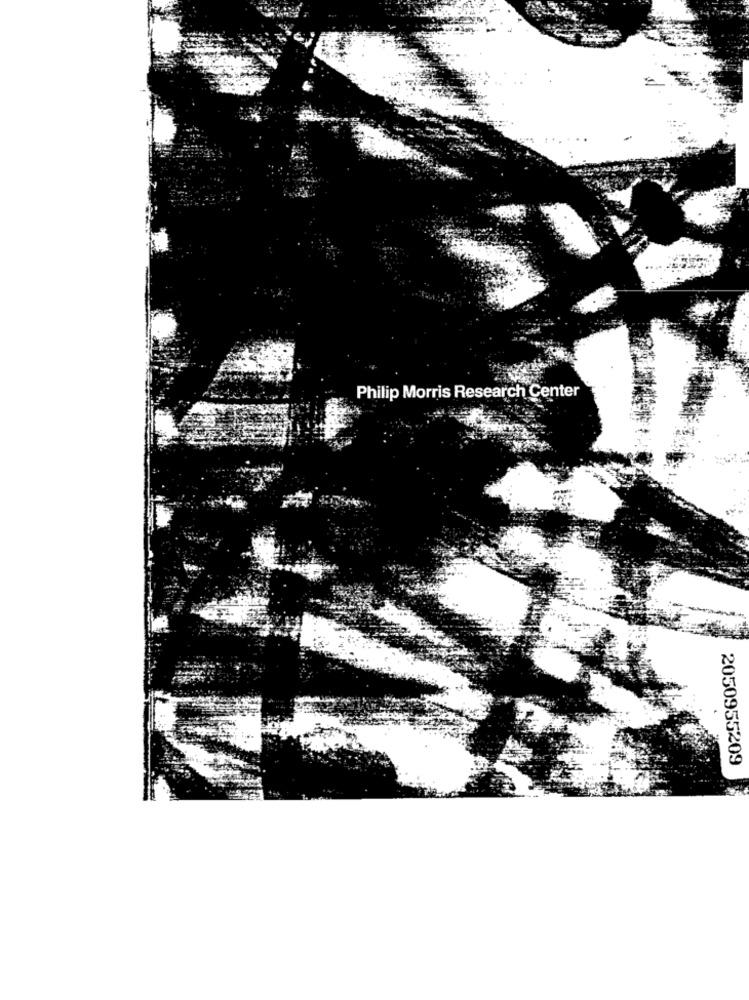
Philip Morris Research Center
2050955209